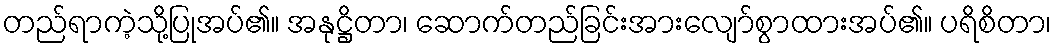
တည်ရာကဲ့သို့ပြုအပ်၏။ အနုဋ္ဌိတာ၊ ဆောက်တည်ခြင်းအားလျော်စွာထားအပ်၏။ ပရိစိတာ၊